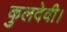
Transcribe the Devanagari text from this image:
कुलदेवी।